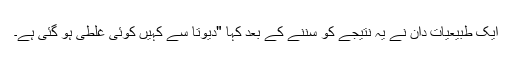
ایک طبیعیات دان نے یہ نتیجے کو سننے کے بعد کہا "دیوتا سے کہیں کوئی غلطی ہو گئی ہے۔